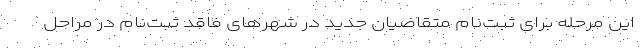
این مرحله برای ثبت‌نام متقاضیان جدید در شهرهای فاقد ثبت‌نام در مراحل